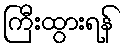
ကြီးထွားရန်